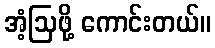
အံ့ဩဖို့ ကောင်းတယ်။